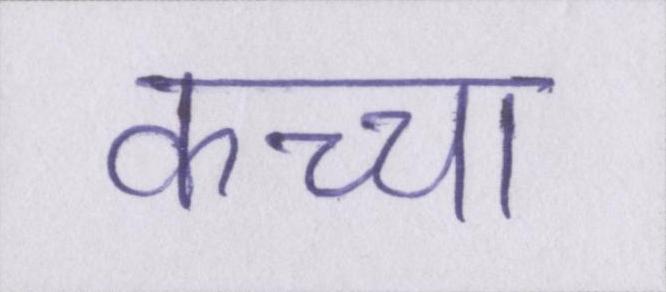
कच्चा